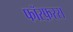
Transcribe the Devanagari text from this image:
फॉस्फ़रस